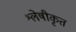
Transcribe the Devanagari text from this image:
श्लेषीकृत